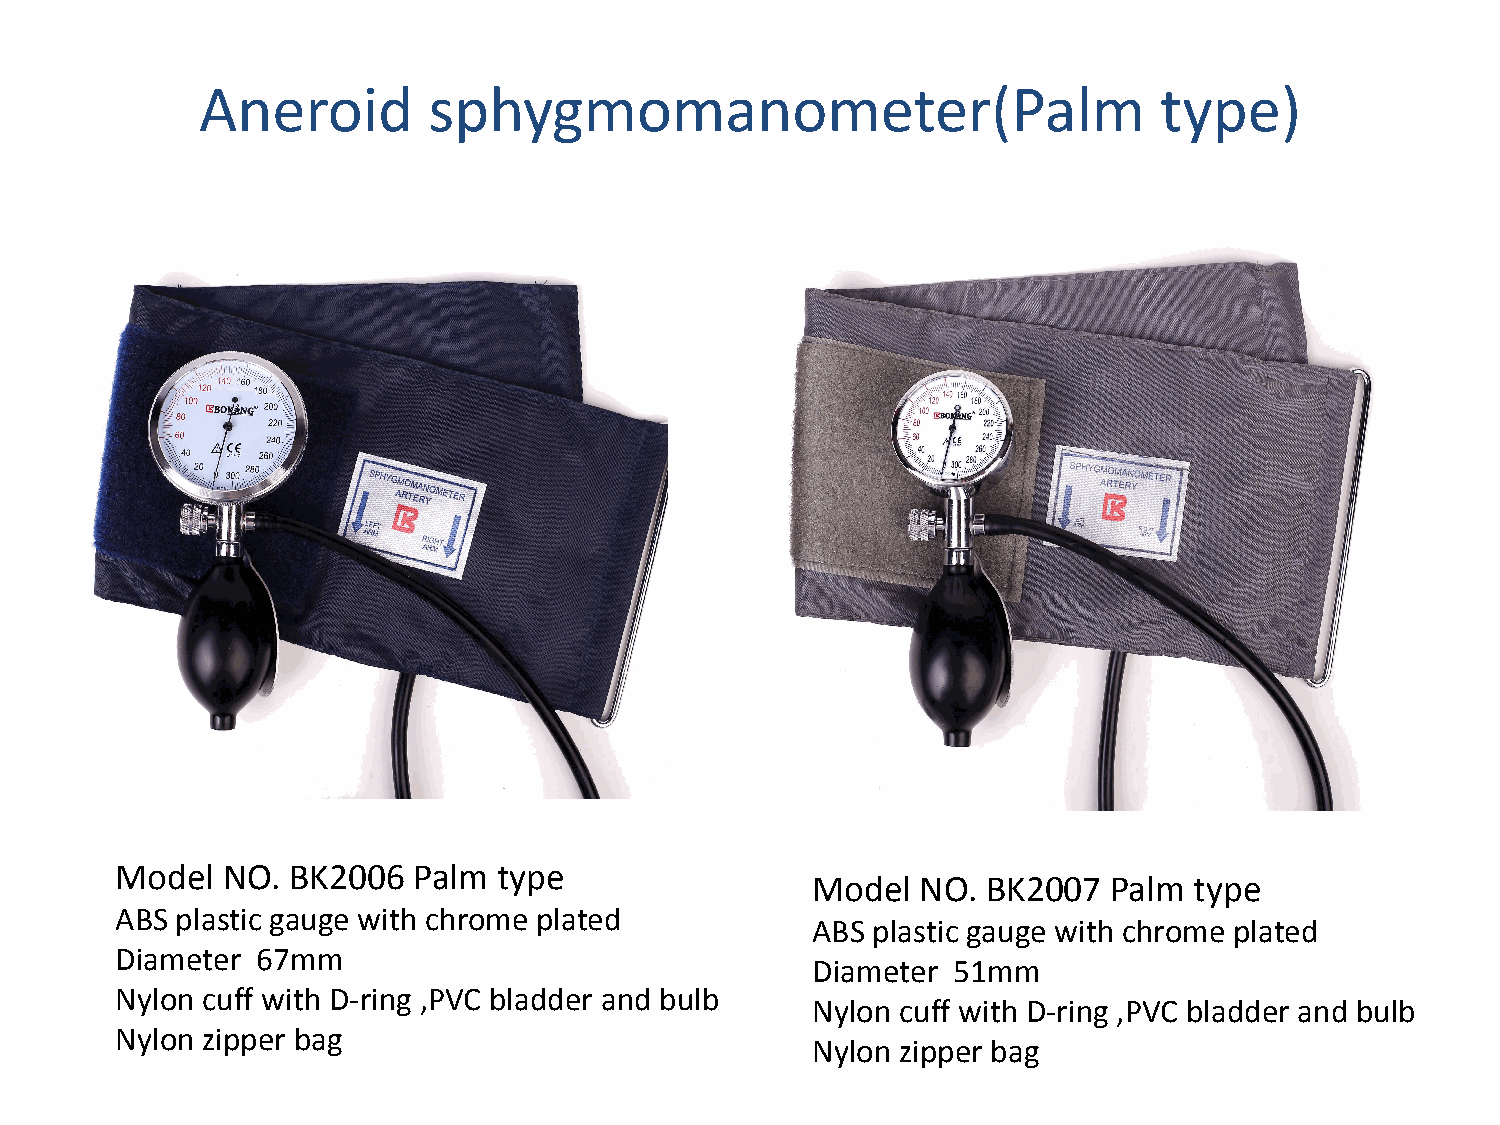
Aneroid        sphygmomanometer(Palm                            type)
 Model  NO. BK2006  Palm  type
 Model  NO. BK2007  Palm  type
 ABS plastic gauge with chrome plated
 ABS plastic gauge with chrome plated
 Diameter 67mm
 Diameter 51mm
 Nylon cuff with D-ring ,PVC bladder and bulb
 Nylon cuff with D-ring ,PVC bladder and bulb
 Nylon zipper bag
 Nylon zipper bag